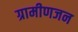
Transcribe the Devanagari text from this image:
ग्रामीणजन